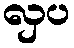
လှပ